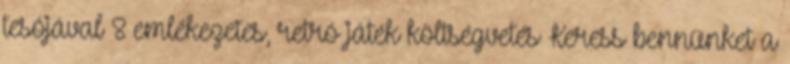
tesójával 8 emlékezetes, retró játék költségvetés Keress bennünket a